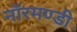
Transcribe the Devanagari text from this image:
नॉरमण्डी